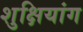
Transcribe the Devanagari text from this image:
शुक्षियांग